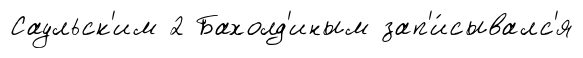
Саульск'им 2 Бахолд'иным зап'и́сывалс'я